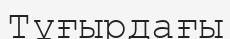
Тұғырдағы